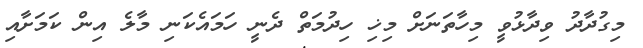
މިގުދާދު ވިދާޅުވީ މިހާތަނަށް މިޚި ހިދުމަތް ދެނީ ހަމައެކަނި މާލެ އިން ކަމަށާއި